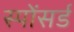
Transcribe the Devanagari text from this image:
स्पोंसर्ड